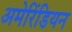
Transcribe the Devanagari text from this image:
अमेरिंडियन